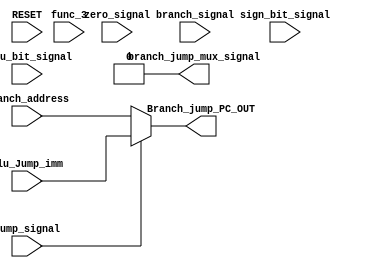
`timescale  1ns/100ps

module Branch_jump_module (
    RESET,
    Branch_address,
    Alu_Jump_imm,
    func_3,
    branch_signal,
    jump_signal,
    zero_signal,
    sign_bit_signal,
    sltu_bit_signal,
    Branch_jump_PC_OUT,
    branch_jump_mux_signal
);

input [31:0] Branch_address,Alu_Jump_imm;
input [2:0] func_3;
input RESET,branch_signal,jump_signal,zero_signal,sign_bit_signal,sltu_bit_signal;

output reg branch_jump_mux_signal;
output reg [31:0] Branch_jump_PC_OUT;

wire beq,bge,bne,blt,bltu,bgeu;

assign #1 beq= (~func_3[2]) & (~func_3[1]) &  (~func_3[0]) & zero_signal;
assign #1 bge= (func_3[2]) & (~func_3[1]) &  (func_3[0]) & (~sign_bit_signal);
assign #1 bne= (~func_3[2]) & (~func_3[1]) &  (func_3[0]) & (~zero_signal);
assign #1 blt= (func_3[2]) & (~func_3[1]) &  (~func_3[0]) & (~zero_signal) & sign_bit_signal;
assign #1 bltu= (func_3[2]) & (func_3[1]) &  (~func_3[0]) & (~zero_signal) & sltu_bit_signal;
assign #1 bgeu= (func_3[2]) & (func_3[1]) &  (func_3[0]) & (~sltu_bit_signal);

always @(branch_signal,jump_signal)begin
    branch_jump_mux_signal=(branch_signal &(beq|bge|bne|blt|bltu|bgeu)) | (jump_signal);
end

always @(RESET)begin
    branch_jump_mux_signal = 1'b0;
end

always @(*) begin
    #2                                     //register write delay
    if (jump_signal==1'b1) begin
        Branch_jump_PC_OUT=Alu_Jump_imm;
    end
    else begin
        Branch_jump_PC_OUT=Branch_address;
    end
end
    
endmodule